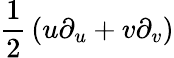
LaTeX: {\frac{1}{2}}\left(u\partial_{u}+v\partial_{v}\right)